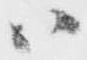
ハ